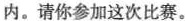
内。请你参加这次比赛。